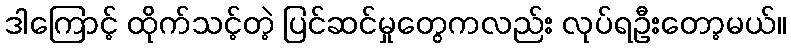
ဒါကြောင့် ထိုက်သင့်တဲ့ ပြင်ဆင်မှုတွေကလည်း လုပ်ရဦးတော့မယ်။